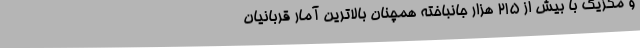
و مکزیک با بیش از ۲۱۵ هزار جانباخته همچنان بالاترین آمار قربانیان